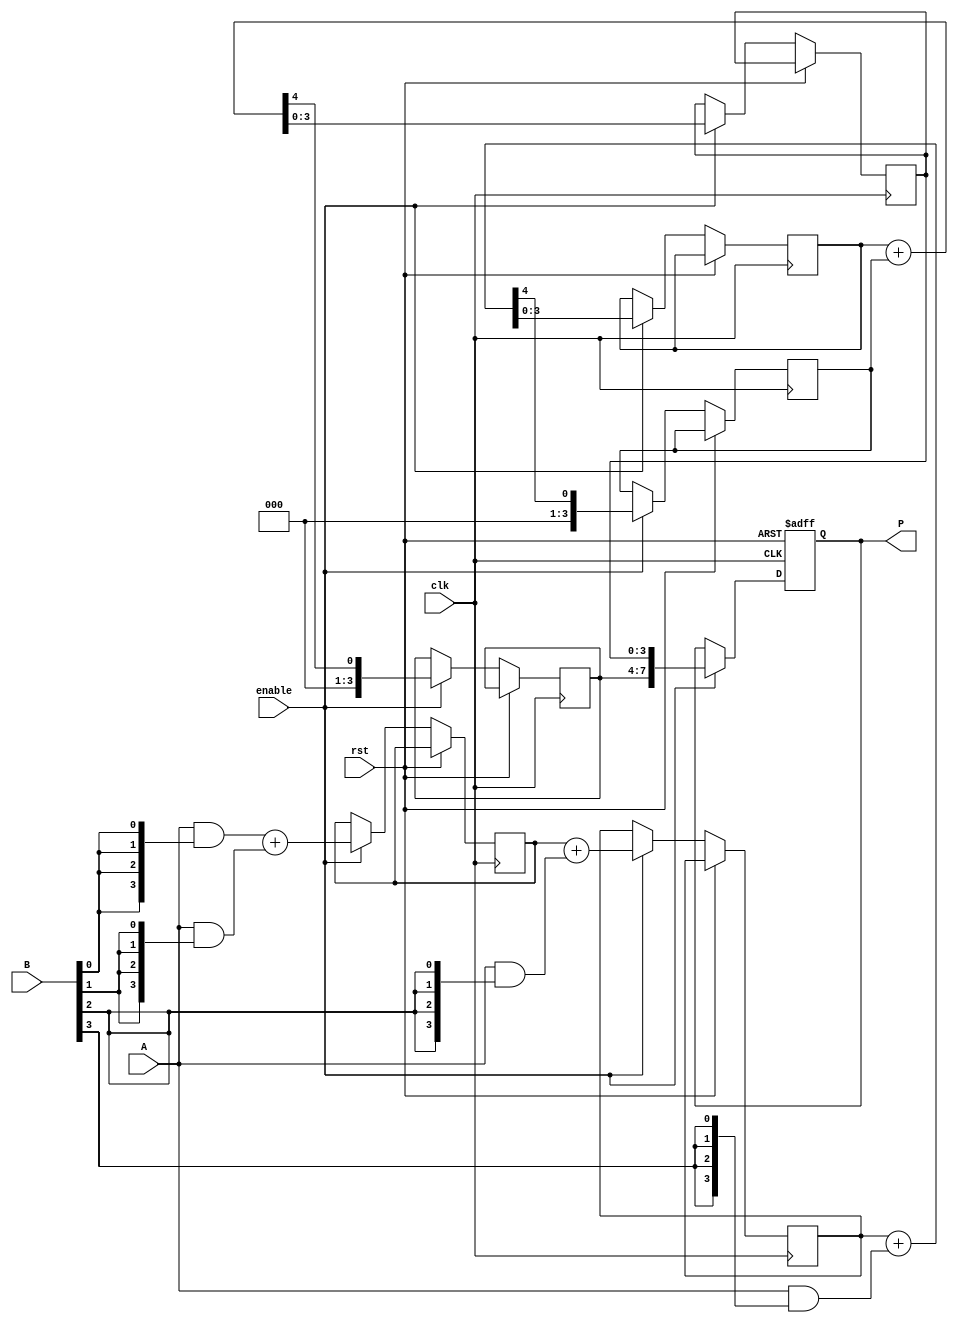
module WallaceTreeMultiplier #(parameter N = 4) (
    input  wire [N-1:0] A, // Multiplicand
    input  wire [N-1:0] B, // Multiplier
    input  wire clk,       // Clock
    input  wire rst,       // Reset
    input  wire enable,     // Clock enable
    output reg [2*N-1:0] P // Product
);

    // Partial product generation
    wire [N-1:0] pp [0:N-1]; // Partial products
    genvar i;
    generate
        for (i = 0; i < N; i = i + 1) begin : gen_pp
            assign pp[i] = A & {N{B[i]}}; // Generate partial products
        end
    endgenerate

    // Internal wires for Wallace tree reduction
    wire [N-1:0] sum [0:N-1]; // Sums
    wire [N-1:0] carry [0:N-1]; // Carries
    wire [N-1:0] final_sum, final_carry;

    // Wallace tree reduction
    integer stage;
    always @(posedge clk or posedge rst) begin
        if (rst) begin
            P <= 0;
        end else if (enable) begin
            // Initialize sums and carries with partial products
            for (stage = 0; stage < N; stage = stage + 1) begin
                if (stage == 0) begin
                    sum[stage] <= pp[0] + pp[1];
                    carry[stage] <= 0;
                end else begin
                    {carry[stage], sum[stage]} <= sum[stage-1] + pp[stage+1];
                end
            end

            // Final addition of last two rows
            {final_carry, final_sum} <= sum[N-2] + carry[N-2];

            // Assign product output
            P <= {final_carry, final_sum};
        end
    end

endmodule